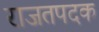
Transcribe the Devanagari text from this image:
राजतपदक